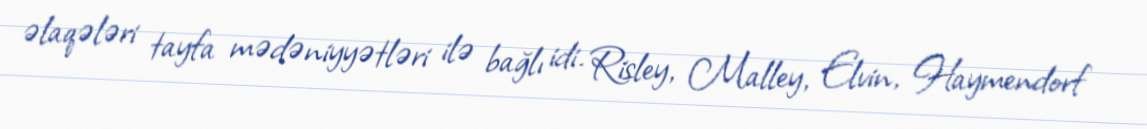
əlaqələri tayfa mədəniyyətləri ilə bağlı idi. Risley, Malley, Elvin, Haymendorf